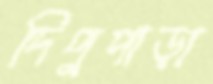
দিপুপাড়া